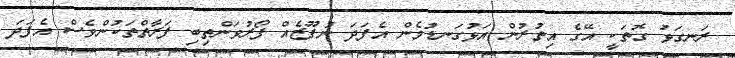
ރަނގަޅު ގޮތަކީ އޭގެ އިތުރުން އަޅުގަނޑުމެން އެފަދަ ނުފޫޒެއް ފޯރުވަންތިބި ފަރާތްތަކުންވެސް އެފަދަ